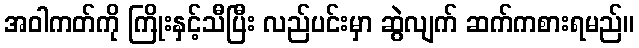
အဝါကတ်ကို ကြိုးနှင့်သီပြီး လည်ပင်းမှာ ဆွဲလျက် ဆက်ကစားရမည်။